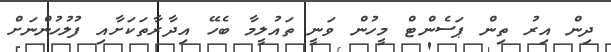
ދިން އިރު ތިން ޕަސެންޓް މީހުން ވަނީ ތައުލީމާ ބެހޭ އިދާރާތަކަށާއި ފުލުހުންނަށް